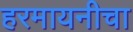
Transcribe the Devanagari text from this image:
हरमायनीचा